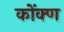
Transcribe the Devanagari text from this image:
कोंक्ण